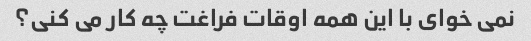
نمی خوای با این همه اوقات فراغت چه کار می کنی؟